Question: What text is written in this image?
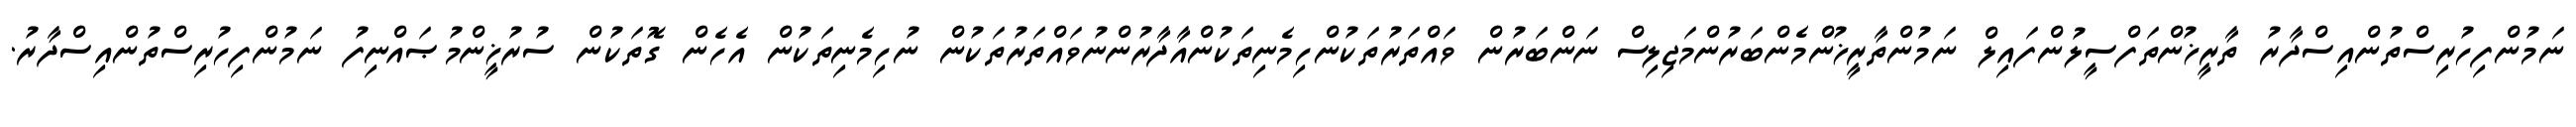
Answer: ނަމުންފިހުރިސްތުންއިސްދާރު ތާރީޚުންތަފްސީލުންފައިލް ނަމުންތާރީޚުންމެންބަރުންމަޖިލިސް ނަންބަރުން ވައްތަރުތަކުންހިމެނިތަކުންއާދާރުންނުވައްތަރުތަކުން ނުހިމެނިތަކުން އެހެން ގޮތަކުން ސުރުޚީންމުޞައްނިފު ނަމުންފިހުރިސްތުންއިސްދާރު.